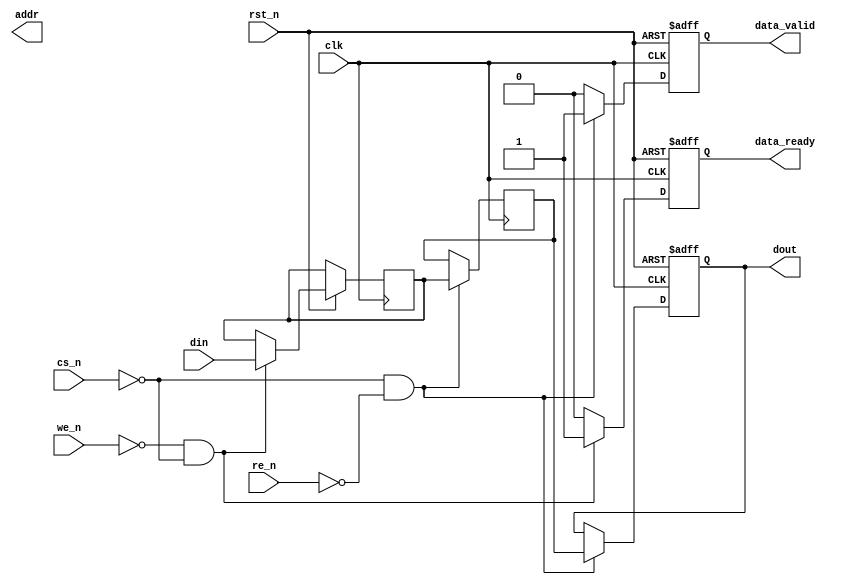
module gddr3_io_block #(
    parameter DATA_WIDTH = 8, // Data width (e.g., 4, 8)
    parameter ADDR_WIDTH = 16 // Address width
)(
    input wire clk,                // Clock input
    input wire rst_n,              // Active low reset
    input wire cs_n,               // Chip Select (active low)
    input wire we_n,               // Write Enable (active low)
    input wire re_n,               // Read Enable (active low)
    input wire [DATA_WIDTH-1:0] din, // Data input from controller
    output reg [DATA_WIDTH-1:0] dout, // Data output to controller
    output reg [ADDR_WIDTH-1:0] addr, // Address output
    output reg data_valid,         // Data valid signal
    output reg data_ready          // Data ready signal
);

// Internal signals
reg [DATA_WIDTH-1:0] read_buffer; // Buffer for read data
reg [DATA_WIDTH-1:0] write_buffer; // Buffer for write data
reg [ADDR_WIDTH-1:0] address; // Address register

// Clocking mechanism
always @(posedge clk or negedge rst_n) begin
    if (!rst_n) begin
        data_ready <= 1'b0;
        data_valid <= 1'b0;
        dout <= {DATA_WIDTH{1'b0}};
    end else begin
        // Handle read operation
        if (!re_n && !cs_n) begin
            dout <= read_buffer; // Output read data
            data_valid <= 1'b1; // Indicate data is valid
        end else begin
            data_valid <= 1'b0; // Data not valid
        end
        
        // Handle write operation
        if (!we_n && !cs_n) begin
            write_buffer <= din; // Latch input data
            // Here, you would typically send write_buffer to GDDR3
            data_ready <= 1'b1; // Indicate data is ready to be written
        end else begin
            data_ready <= 1'b0; // Data not ready
        end
        
        // Address handling
        if (!cs_n) begin
            address <= addr; // Latch address when chip is selected
        end
    end
end

// Read buffer simulation (for demonstration purposes)
always @(posedge clk) begin
    if (!cs_n && !re_n) begin
        // Simulate read buffer (for example purposes)
        read_buffer <= write_buffer; // Echo write data for read
    end
end

// Power management and low power state handling (not implemented)
always @(posedge clk or negedge rst_n) begin
    if (!rst_n) begin
        // Reset power management states
    end else begin
        // Implement low power states as needed
    end
end

endmodule